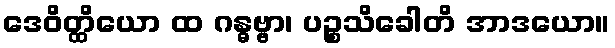
ဒေဝိတ္ထိယော ထ ဂန္ဓဗ္ဗာ၊ ပဉ္စသိခေါတိ အာဒယော။